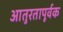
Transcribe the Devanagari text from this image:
आतुरतापूर्वक